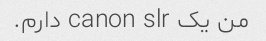
من یک canon slr دارم.